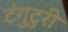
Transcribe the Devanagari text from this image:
टंगुटुरी